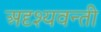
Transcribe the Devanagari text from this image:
अदृश्यवन्ती